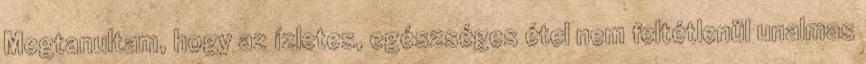
Megtanultam, hogy az ízletes, egészséges étel nem feltétlenül unalmas